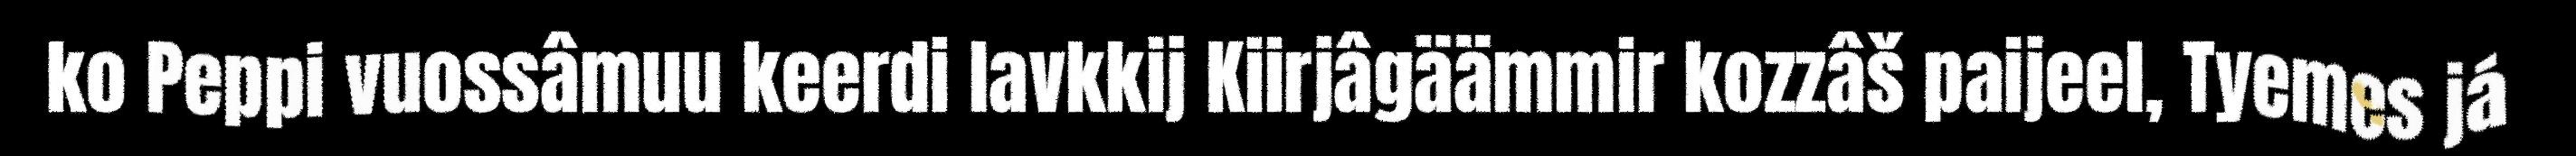
ko Peppi vuossâmuu keerdi lavkkij Kiirjâgäämmir kozzâš paijeel, Tyemes já